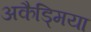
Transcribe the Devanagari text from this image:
अकैड्मिया